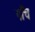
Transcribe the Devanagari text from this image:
पाँंच